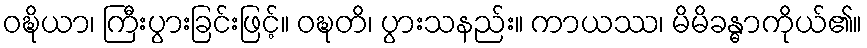
ဝဍ္ဎိယာ၊ ကြီးပွားခြင်းဖြင့်။ ဝဍ္ဎတိ၊ ပွားသနည်း။ ကာယဿ၊ မိမိခန္ဓာကိုယ်၏။